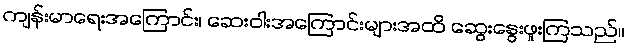
ကျန်းမာရေးအကြောင်း၊ ဆေးဝါးအကြောင်းများအထိ ဆွေးနွေးဖူးကြသည်။